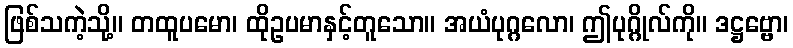
ဖြစ်သကဲ့သို့။ တထူပမော၊ ထိုဥပမာနှင့်တူသော။ အယံပုဂ္ဂလော၊ ဤပုဂ္ဂိုလ်ကို။ ဒဋ္ဌဗ္ဗော၊